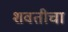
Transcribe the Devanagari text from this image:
शवतीचा